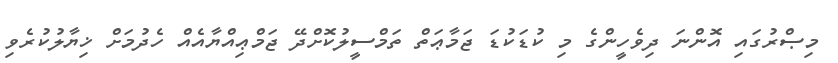
މިޞްރުގައި އޮންނަ ދިވެހީންގެ މި ކުޑަކުޑަ ޖަމާޢަތް ތަމްސީލުކޮށްދޭ ޖަމްޢިއްޔާއެއް ހެދުމަށް ޚިޔާލުކުރެވި